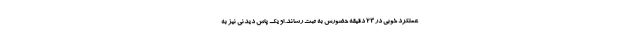
عملکرد خوبی در 23 دقیقه حضورش به ثبت رساند. او یک پاس دیدنی نیز به